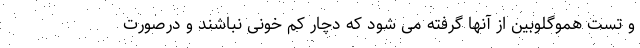
و تست هموگلوبین از آنها گرفته می شود که دچار کم خونی نباشند و درصورت